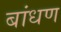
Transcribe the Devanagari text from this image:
बांधण